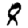
Digit: 8